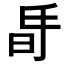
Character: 𣅲